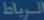
Transcribe-the-text-in-the-image